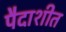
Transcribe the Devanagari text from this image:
पैदाशीत